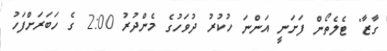
ގާޒާ" ޓެލެތޯން ފަށަނީ އަންނަ ހުކުރު ދުވަހުގެ މެންދުރު 2:00 ގެ ހަބަރަށްފަހު